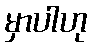
မှာပါဟု